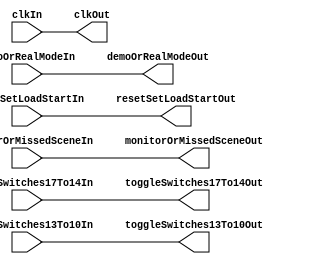
/*
Name: The Magnesium Team (Olanrewaju Ibironke, Su Hui Tan, Anitha Ramesh Puranik, Meghna Chittajallu)
Date: April 14, 2016
Project: Input Wrapper
*/
module InputWrapper(monitorOrMissedSceneIn, demoOrRealModeIn, resetSetLoadStartIn, toggleSwitches17To14In, toggleSwitches13To10In, clkIn, monitorOrMissedSceneOut, demoOrRealModeOut, resetSetLoadStartOut, toggleSwitches17To14Out, toggleSwitches13To10Out, clkOut);

input clkIn, demoOrRealModeIn, monitorOrMissedSceneIn;
input [3:0] toggleSwitches17To14In, resetSetLoadStartIn; 
input [3:0] toggleSwitches13To10In;
output clkOut, demoOrRealModeOut, monitorOrMissedSceneOut;
output [3:0] toggleSwitches17To14Out, resetSetLoadStartOut; 
output [3:0] toggleSwitches13To10Out;

assign clkOut = clkIn;
assign demoOrRealModeOut = demoOrRealModeIn;
assign monitorOrMissedSceneOut = monitorOrMissedSceneIn;
assign toggleSwitches17To14Out = toggleSwitches17To14In; 
assign resetSetLoadStartOut = resetSetLoadStartIn;
assign toggleSwitches13To10Out = toggleSwitches13To10In;

endmodule